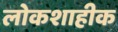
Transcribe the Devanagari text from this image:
लोकशाहीक